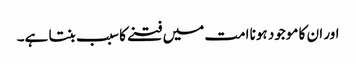
اور ان کا موجود ہونا امت میں فتنے کا سبب بنتا ہے۔